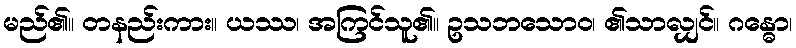
မည်၏။ တနည်းကား။ ယဿ၊ အကြင်သူ၏။ ဥသဘသောဝ၊ ၏သာလျှင်။ ဂန္ဓော၊